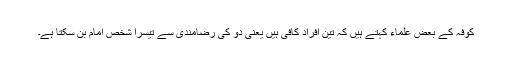
کوفہ کے بعض علماء کہتے ہیں کہ تین افراد کافی ہیں یعنی دو کی رضامندی سے تیسرا شخص امام بن سکتا ہے۔